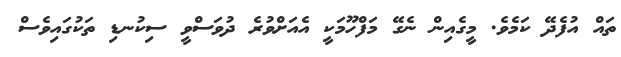
ތައް އުފެދޭ ކަމެވެ. މީގެއިން ނެގޭ މަފްހޫމަކީ އެއަށްވުރެ ދުވަސްވީ ސިކުނޑި ތަކުގައިވެސް